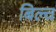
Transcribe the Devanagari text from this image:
बिल्च